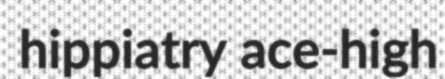
hippiatry ace-high